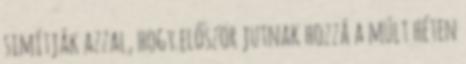
simítják azzal, hogy először jutnak hozzá a múlt héten